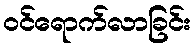
ဝင်ရောက်လာခြင်း